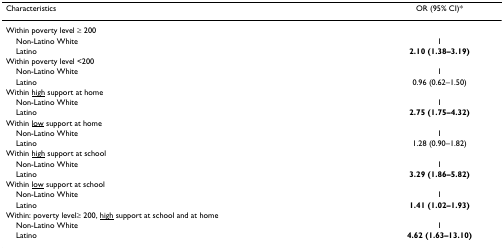
| Characteristics | OR (95% CI)* |
 | --- | --- |
 | Within poverty level ≥ 200 |  |
 | Non-Latino White | 1 |
 | Latino | 2.10 (1.38–3.19) |
 | Within poverty level <200 |  |
 | Non-Latino White | 1 |
 | Latino | 0.96 (0.62–1.50) |
 | Within <underline>high</underline> support at home |  |
 | Non-Latino White | 1 |
 | Latino | 2.75 (1.75–4.32) |
 | Within <underline>low</underline> support at home |  |
 | Non-Latino White | 1 |
 | Latino | 1.28 (0.90–1.82) |
 | Within <underline>high</underline> support at school |  |
 | Non-Latino White | 1 |
 | Latino | 3.29 (1.86–5.82) |
 | Within <underline>low</underline> support at school |  |
 | Non-Latino White | 1 |
 | Latino | 1.41 (1.02–1.93) |
 | Within: poverty level≥ 200, <underline>high</underline> support at school and at home |  |
 | Non-Latino White | 1 |
 | Latino | 4.62 (1.63–13.10) |